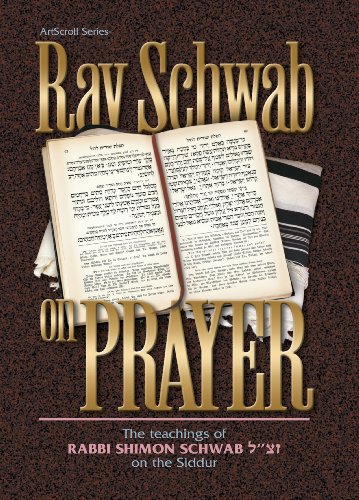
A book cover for Rav Schwab on Prayer (ArtScroll series); Shimon Schwab; Religion & Spirituality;